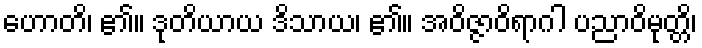
ဟောတိ၊ ၏။ ဒုတိယာယ ဒိသာယ၊ ၏။ အဝိဇ္ဇာဝိရာဂါ ပညာဝိမုတ္တိ၊